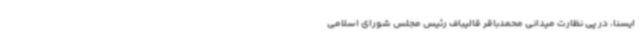
ایسنا، در پی نظارت میدانی محمدباقر قالیباف رئیس مجلس شورای اسلامی